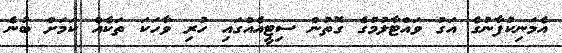
އެމަނިކުފާނުގެ އަގު ވައްޓާލުމުގެ ގޮތުން ސިޓީއެއްގައި ހުރި ވާހަކަ ތަކެއް ކަމަށް ބުނެ